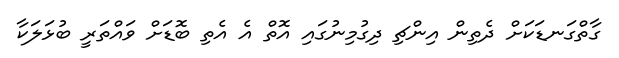
ގާތްގަނޑަކަށް ދެތިން އިންޗި ދިގުމިނުގައި އޮތް އެ އެތި ބޮޑަށް ވައްތަރީ ބުޅަލަކާ